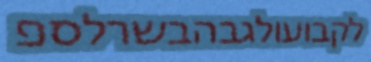
לקבועולגבהבשרלספ